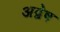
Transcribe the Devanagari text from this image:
अद्वेष